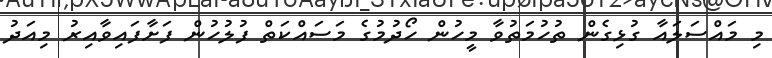
މި މައްސަލައާ ގުޅިގެން ތުހުމަތުވާ މީހުން ހޯދުމުގެ މަސައްކަތް ފުލުހުން ފަށާފައިވާއިރު މިއަދު